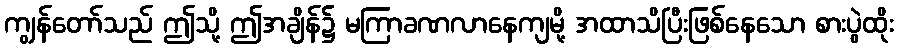
ကျွန်တော်သည် ဤသို့ ဤအချိန်၌ မကြာခဏလာနေကျမို့ အထာသိပြီးဖြစ်နေသော စားပွဲထိုး